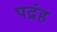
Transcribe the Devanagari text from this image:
पद्रंह